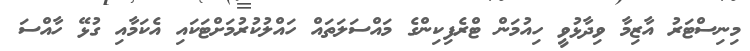
މިނިސްޓަރު އާޒިމާ ވިދާޅުވީ ހިއުމަން ޓްރެފިކިންގެ މައްސަލަތައް ހައްލުކުރުމަށްޓަކައި އެކަމާއި ގުޅޭ ހާއްސަ